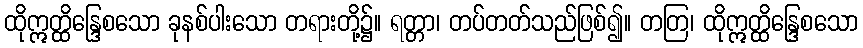
ထိုဣတ္ထိန္ဒြေစသော ခုနစ်ပါးသော တရားတို့၌။ ရတ္တာ၊ တပ်တတ်သည်ဖြစ်၍။ တတြ၊ ထိုဣတ္ထိန္ဒြေစသော